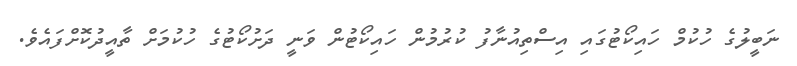
ނަބީލުގެ ހުކުމް ހައިކޯޓުގައި އިސްތިއުނާފު ކުރުމުން ހައިކޯޓުން ވަނީ ދަށުކޯޓުގެ ހުކުމަށް ތާއީދުކޮށްފައެވެ.